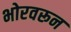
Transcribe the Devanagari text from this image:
भोरवरून